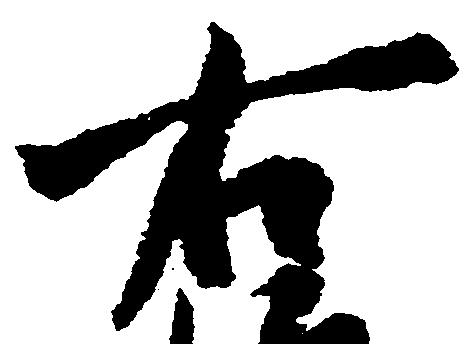
右